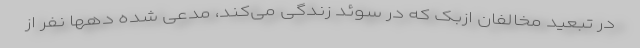
در تبعید مخالفان ازبک که در سوئد زندگی می‌کند، مدعی شده دهها نفر از